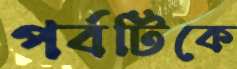
পর্বটিকে